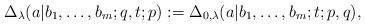
LaTeX: \begin{gather*}\Delta_\lambda(a|b_1,\dots,b_m;q,t;p):=\Delta_{0,\lambda}(a|b_1,\dots,b_m;t;p,q),\end{gather*}